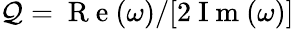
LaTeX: \mathcal{Q}=\mathrm{{~R~e~}}(\omega)/[2\mathrm{{~I~m~}}(\omega)]